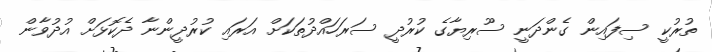
ތުރުކީ ސިފައިން ގެންދަނީ ސޫރިޔާގެ ކުރުދީ ސަރަހައްދުތަކަށް އަރައި ކުރުދީންނާ ދެކޮޅަށް އުދުވާން